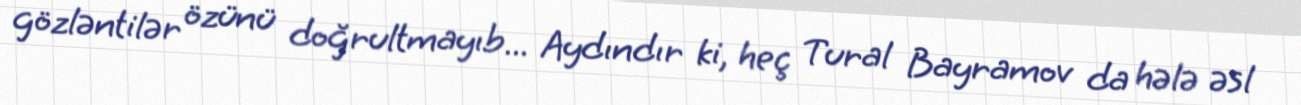
gözləntilər özünü doğrultmayıb... Aydındır ki, heç Tural Bayramov da hələ əsl